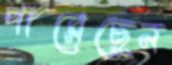
পারেছেন